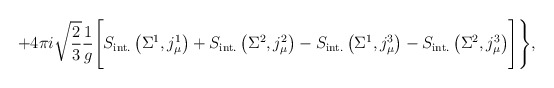
\begin{align*}+4\pi i\sqrt{\frac23}\frac{1}{g}\Biggl[S_{\rm int.}\left(\Sigma^1, j_\mu^1\right)+S_{\rm int.}\left(\Sigma^2, j_\mu^2\right)-S_{\rm int.}\left(\Sigma^1, j_\mu^3\right)-S_{\rm int.}\left(\Sigma^2, j_\mu^3\right)\Biggr]\Biggr\},\end{align*}